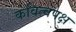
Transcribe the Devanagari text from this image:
कवित्वपक्ष